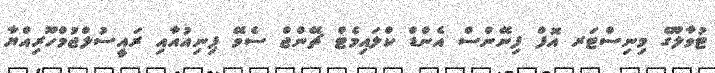
ޓުވާލޫގެ މިނިސްޓަރ އޮފް ފިނޭންސް އެންޑް ކްލައިމެޓް ޗޭންޖް ސެވޭ ޕިނިއުއާއި ރައީސުލްޖުމްހޫރިއްޔާ